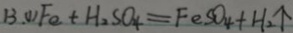
B . ( 1 ) F e + H _ { 2 } S O _ { 4 } = F e S O _ { 4 } + H _ { 2 } \uparrow